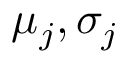
\mu _ { j } , \sigma _ { j }